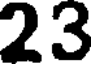
23